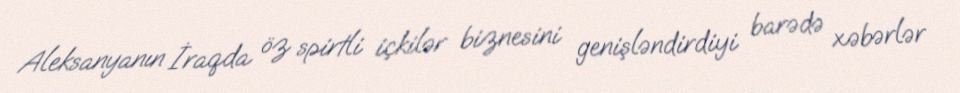
Aleksanyanın İraqda öz spirtli içkilər biznesini genişləndirdiyi barədə xəbərlər